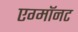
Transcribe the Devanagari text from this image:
एग्माॅनट